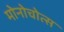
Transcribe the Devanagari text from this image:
मोनोचोत्स